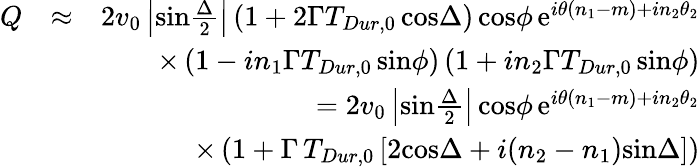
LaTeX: \begin{array}{rlr}{Q}&{\approx}&{2v_{0}\left|\mathrm{sin}{\frac{\Delta}{2}}\right|\, (1+2\Gamma T_{Dur,0}\, \mathrm{cos}\Delta)\, \mathrm{cos}\phi\, \mathrm{e}^{i\theta(n_{1}-m)+in_{2}\theta_{2}}}\\ &{}&{\times\left(1-in_{1}\Gamma T_{Dur,0}\, \mathrm{sin}\phi\right)\left(1+in_{2}\Gamma T_{Dur,0}\, \mathrm{sin}\phi\right)}\\ &{}&{=2v_{0}\left|\mathrm{sin}{\frac{\Delta}{2}}\right|\, \mathrm{cos}\phi\, \mathrm{e}^{i\theta(n_{1}-m)+in_{2}\theta_{2}}}\\ &{}&{\times\left(1+\Gamma\, T_{Dur,0}\left[2\mathrm{cos}\Delta+i(n_{2}-n_{1})\mathrm{sin}\Delta\right]\right)}\end{array}